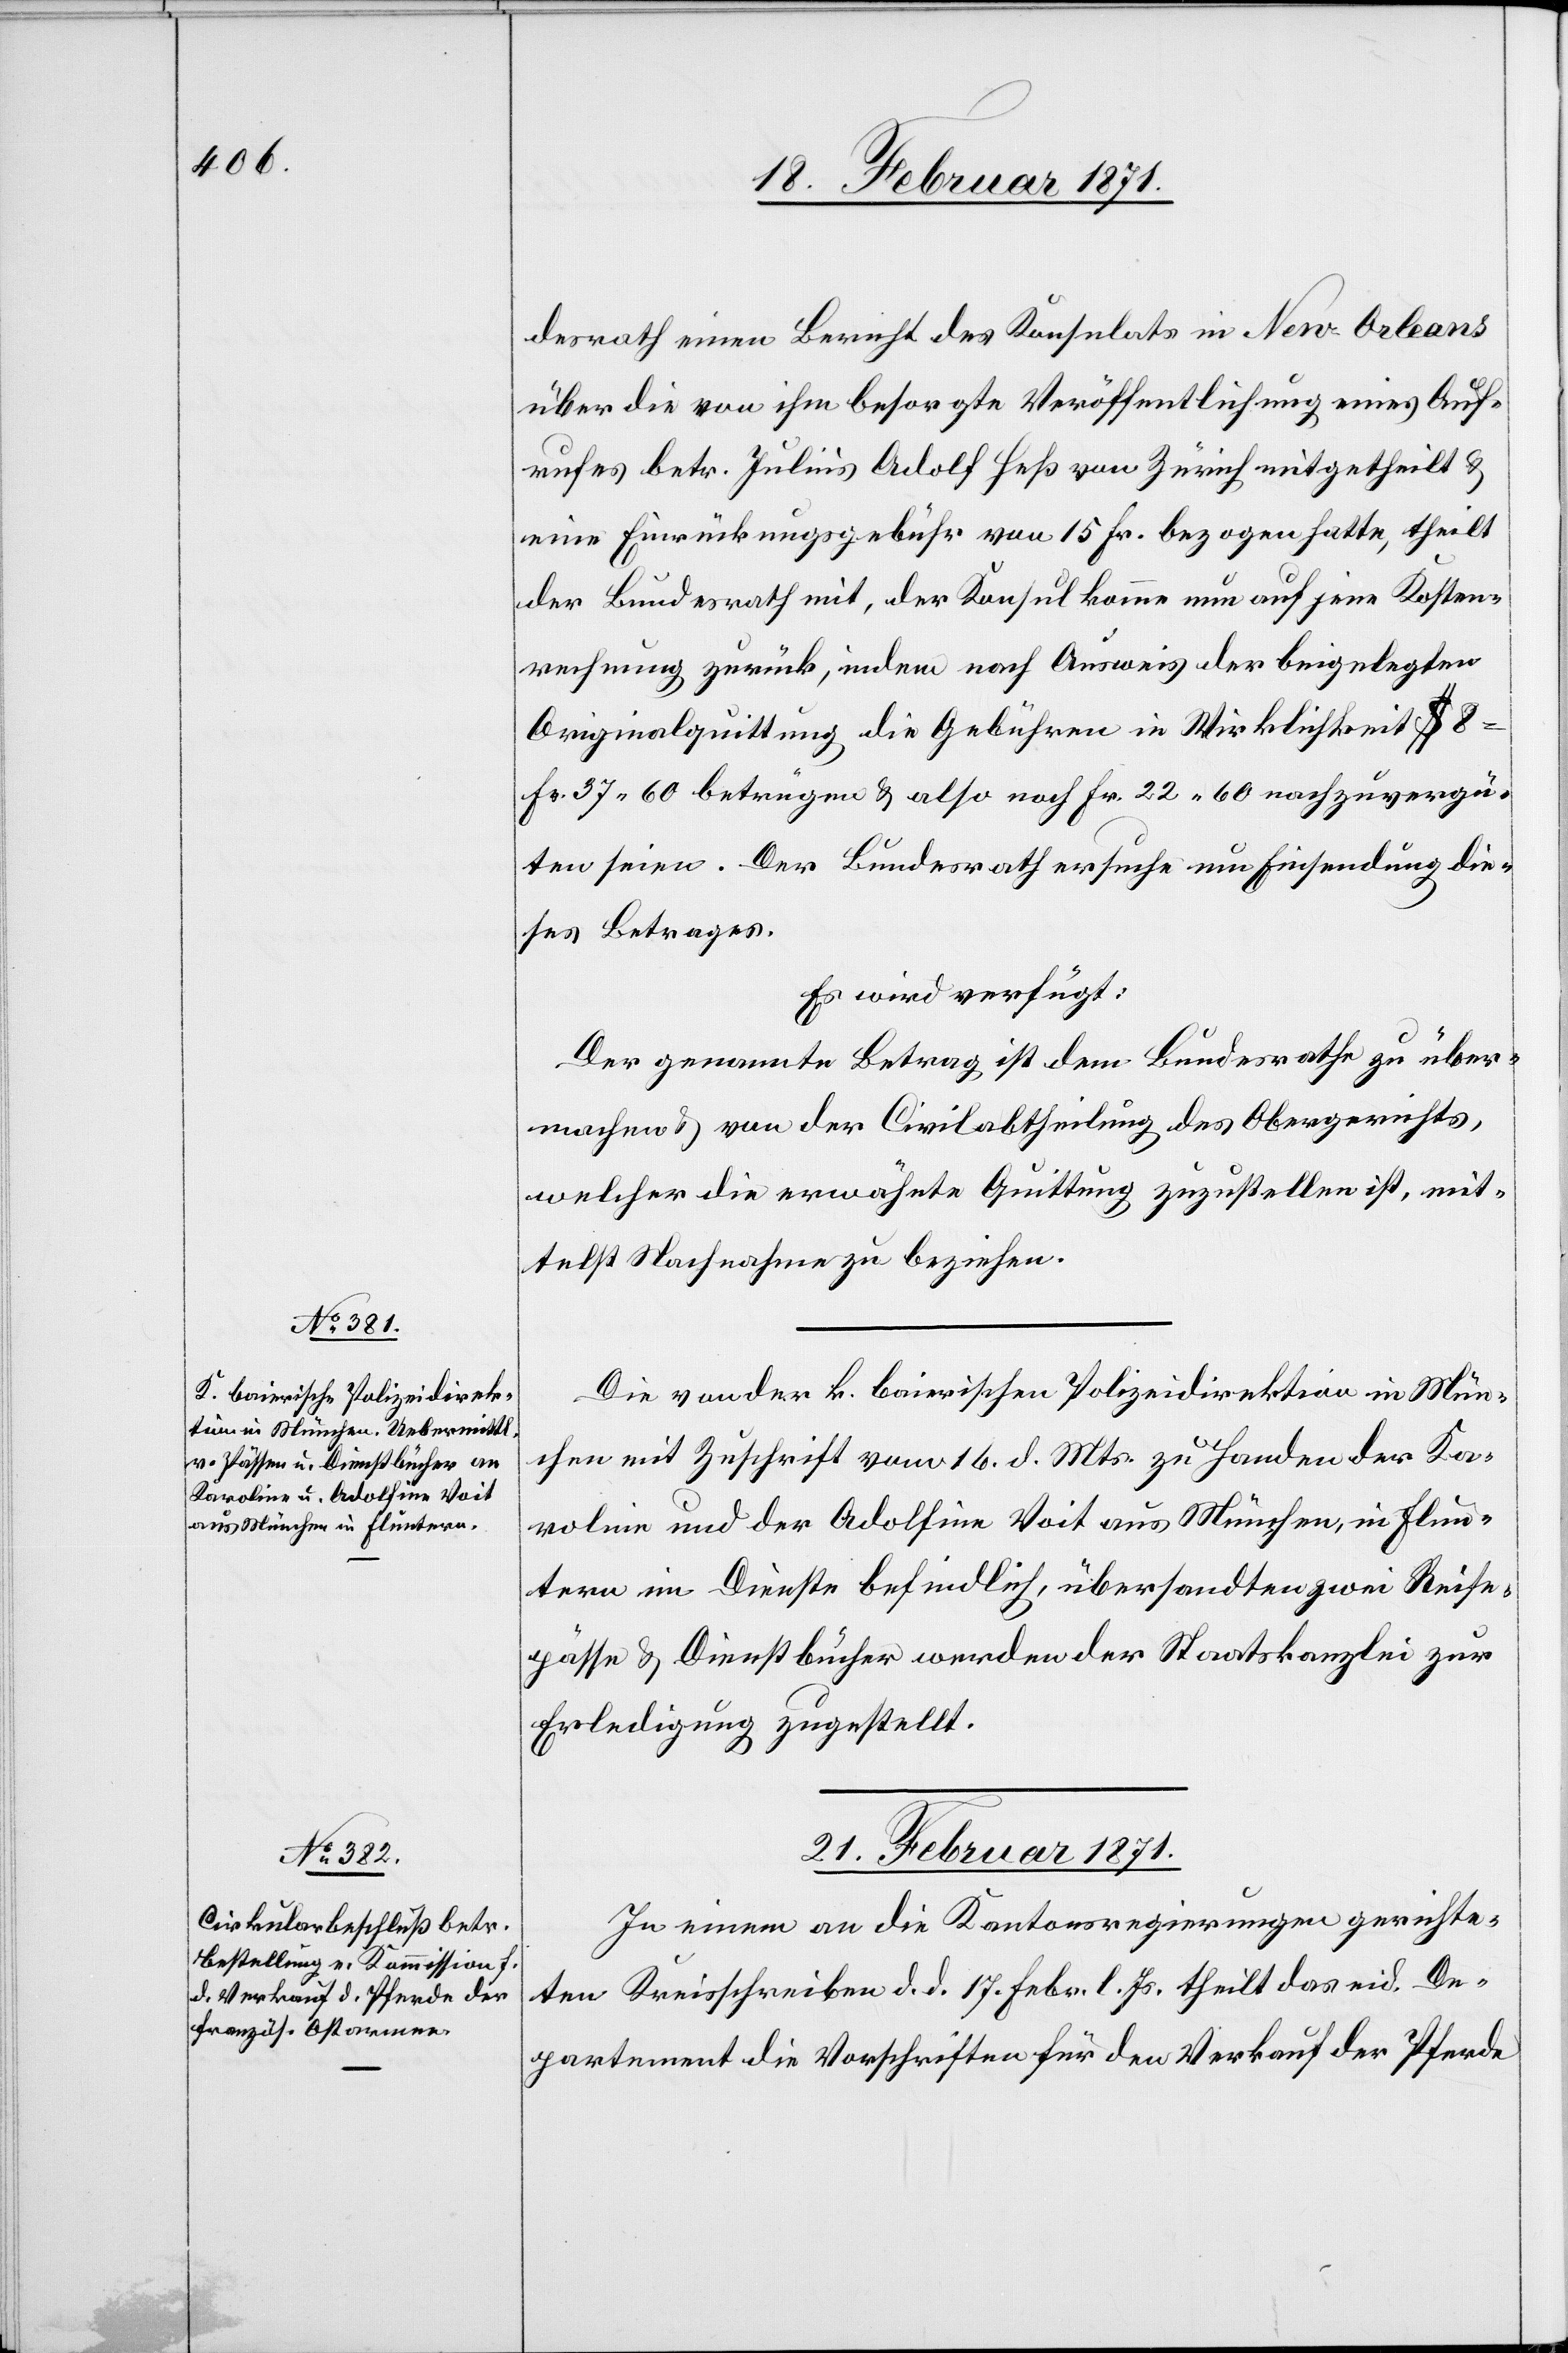
desrath einen Bericht des Konsulats in New-Orleans
über die von ihm besorgte Veröffentlichung eines Auf¬
rufes betr. Julius Adolf Heß von Zürich mitgetheilt u.
eine Einrückungsgebühr von 15 Fr. bezogen hatte, theilt
der Bundesrath mit, der Konsul komme nun auf jene Kosten¬
rechnung zurück, indem nach Ausweis der beigelegten
Originalquittung die Gebühren in Wirklichkeit $ 8
Fr. 37.60 betrügen u. also noch Fr. 22.60 nachzuvergü¬
ten seien. Der Bundesrath ersuche nun Einsendung die¬
ses Betrages.
Es wird verfügt:
Der genannte Betrag ist dem Bundesrath zu über¬
machen u. von der Civilabtheilung des Obergerichts,
welcher die erwähnte Quittung zuzustellen ist, mit¬
telst Nachnahme zu beziehen.
Die von der k. baierischen Polizeidirektion in Mün¬
chen mit Zuschrift vom 16. d. Mts. zu Handen der Ka¬
roline und der Adolfine Voit aus München, in Flun¬
tern im Dienste befindlich, übersandten zwei Reise¬
pässe u. Dienstbücher werden der Staatskanzlei zu
Erledigung zugestellt.
21. Februar 1871.
In einem an die Kantonsregierungen gerichte¬
ten Kreisschreiben d. d. 17. Febr. l. Js. theilt das eid. De¬
partement die Vorschriften für den Verkauf der Pferde